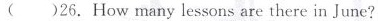
( )26. How many lessons are there in June?